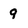
Character: 9